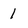
Character: 1